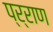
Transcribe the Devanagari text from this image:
प्र्राण